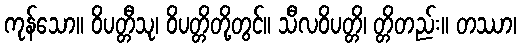
ကုန်သော။ ဝိပတ္တီသု၊ ဝိပတ္တိတို့တွင်။ သီလဝိပတ္တိ၊ တ္တိတည်း။ တဿာ၊